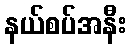
နယ်စပ်အနီး